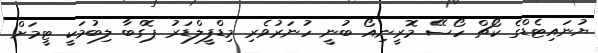
ޔުނައިޓެޑްގެ ކޯޗް ހޯސޭ މޮރީނިއޯ ބުނީ ހުނަރުވެރި މިޑްފީލްޑަރު ޕޮގްބާ ލިބުމަކީ ޓީމަށް